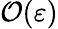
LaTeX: {\mathcal{O}}(\varepsilon)